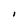
Character: I